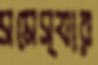
সমেস্যার